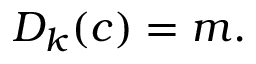
D _ { k } ( c ) = m .